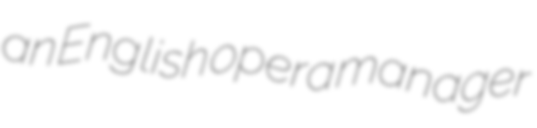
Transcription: an English opera manager